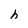
Character: h